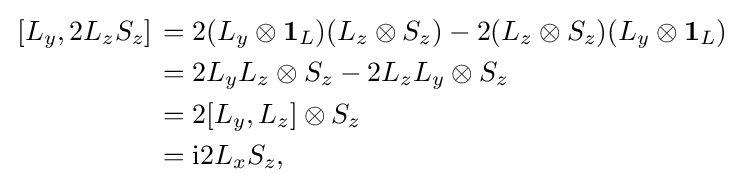
{\begin{aligned}\left.[L_{y},2L_{z}S_{z}]\right.&=2(L_{y}\otimes \mathbf {1} _{L})(L_{z}\otimes S_{z})-2(L_{z}\otimes S_{z})(L_{y}\otimes \mathbf {1} _{L})\\&=2L_{y}L_{z}\otimes S_{z}-2L_{z}L_{y}\otimes S_{z}\\&=2[L_{y},L_{z}]\otimes S_{z}\\&=\mathrm {i} 2L_{x}S_{z},\end{aligned}}